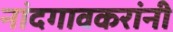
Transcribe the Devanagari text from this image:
नांदगावकरांनी